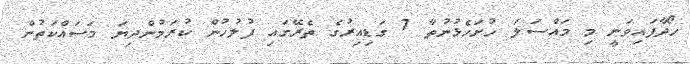
ހޯދާފައިވަނީ މި މައްސަލަ ހުށަހެޅުނުތާ 7 ގަޑިއިރުގެ ތެރޭގައި ފުލުހުން ކުރަމުންދިޔަ މަސައްކަތުން